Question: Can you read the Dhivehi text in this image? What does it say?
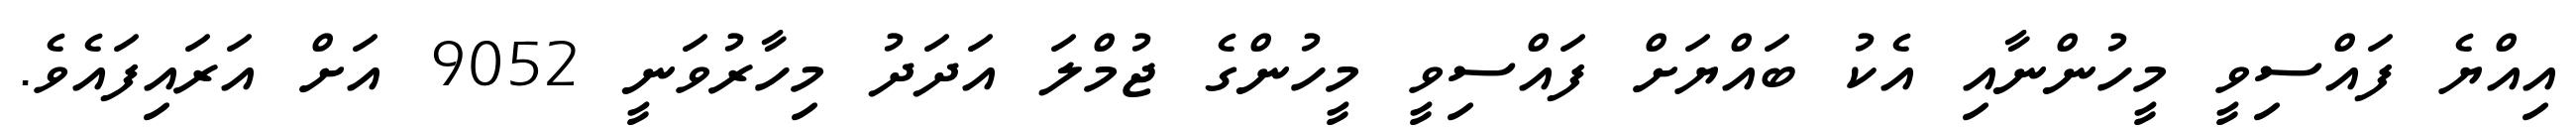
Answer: އިއްޔެ ފައްސިވީ މީހުންނާއި އެކު ބައްޔަށް ފައްސިވީ މީހުންގެ ޖުމްލަ އަދަދު މިހާރުވަނީ 9052 އަށް އަރައިފައެވެ.